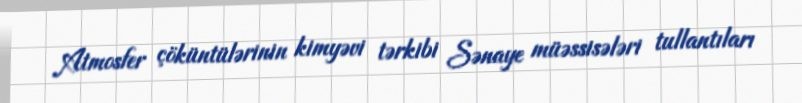
Atmosfer çöküntülərinin kimyəvi tərkibi Sənaye müəssisələri tullantıları